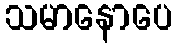
သမာနောပေ